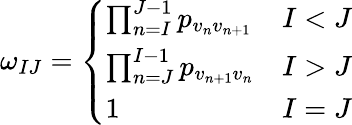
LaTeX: \begin{array}{r}{\omega_{IJ}=\left\{ \begin{array}{ll}{\prod_{n=I}^{J-1}p_{v_{n}v_{n+1}}}&{I<J}\\ {\prod_{n=J}^{I-1}p_{v_{n+1}v_{n}}}&{I>J}\\ {1}&{I=J}\end{array}\right.}\end{array}